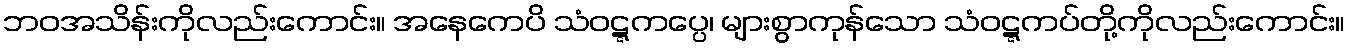
ဘဝအသိန်းကိုလည်းကောင်း။ အနေကေပိ သံဝဋ္ဋကပ္ပေ၊ များစွာကုန်သော သံဝဋ္ဋကပ်တို့ကိုလည်းကောင်း။